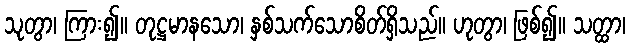
သုတွာ၊ ကြား၍။ တုဋ္ဌမာနသော၊ နှစ်သက်သောစိတ်ရှိသည်။ ဟုတွာ၊ ဖြစ်၍။ သတ္ထာ၊